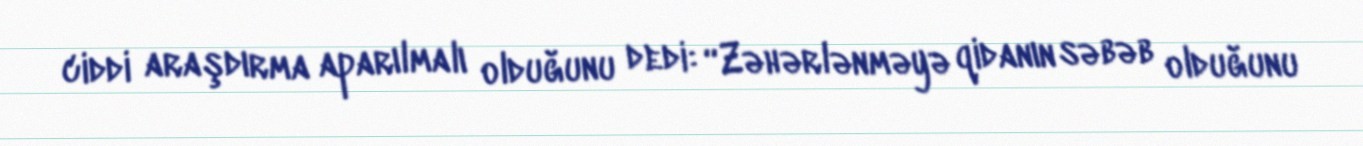
ciddi araşdırma aparılmalı olduğunu dedi: “Zəhərlənməyə qidanın səbəb olduğunu